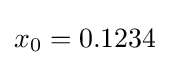
x_{0}=0.1234